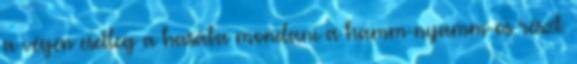
a végén esetleg a hasába mondani a hamm-nyamm-os részt.